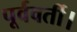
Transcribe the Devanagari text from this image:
पूर्ववर्ती।